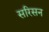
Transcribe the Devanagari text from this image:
सरिसन